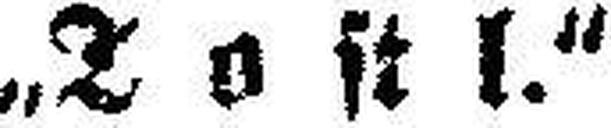
„Tostl.“